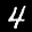
Label: 4